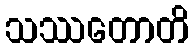
သဿတောတိ